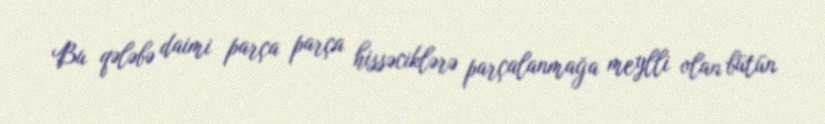
Bu qələbə daimi parça parça hissəciklərə parçalanmağa meylli olan bütün